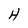
Character: H